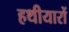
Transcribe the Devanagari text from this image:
हथीयारों